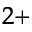
^ { 2 + }